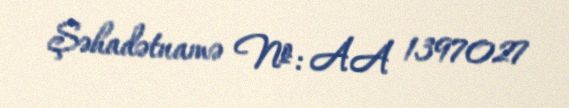
Şəhadətnamə №: AA 1397027